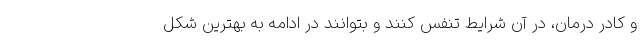
و کادر درمان، در آن شرایط تنفس کنند و بتوانند در ادامه به بهترین شکل